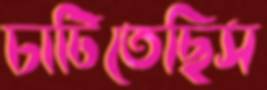
চাটিতেছিস